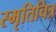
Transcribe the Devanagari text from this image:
स्मृतिचित्र